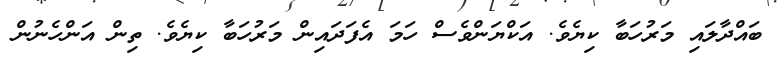
ބައްދާލައި މަރުހަބާ ކިޔެވެ. އަކްޔަންވެސް ހަމަ އެފަދައިން މަރުހަބާ ކިޔެވެ. ތިން އަންހެނުން